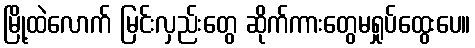
မြို့ထဲလောက် မြင်းလှည်းတွေ ဆိုက်ကားတွေမရှုပ်ထွေးပေ။